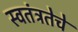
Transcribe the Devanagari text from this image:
स्वतंत्रतेचे